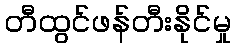
တီထွင်ဖန်တီးနိုင်မှု